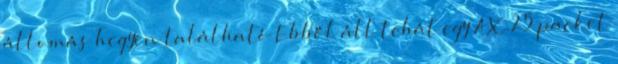
állomás hegyen található Ebből áll tehát egy AX.25 packet